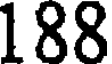
188